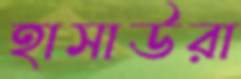
হাসাউরা